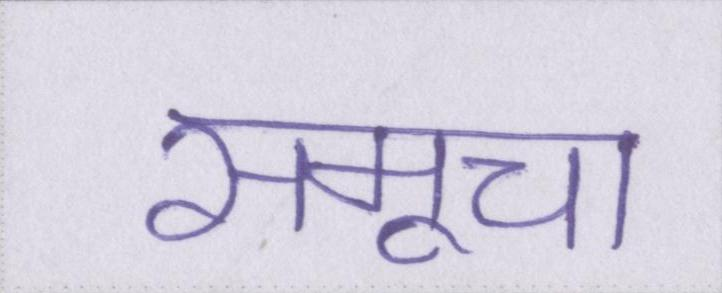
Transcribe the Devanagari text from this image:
समूचा